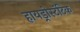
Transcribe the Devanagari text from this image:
हायड्रोस्टॅटिक